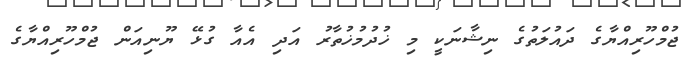
ޖުމްހޫރިއްޔާގެ ދައުލަތުގެ ނިޝާނަކީ މި ޚުދުމުޚުތާރު އަދި އެއާ ގުޅޭ ޔޫނިއަން ޖުމްހޫރިއްޔާގެ